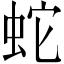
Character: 蛇